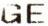
GE